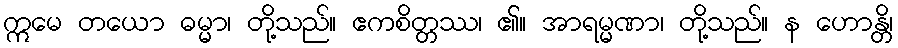
ဣမေ တယော ဓမ္မာ၊ တို့သည်။ ဧကစိတ္တဿ၊ ၏။ အာရမ္မဏာ၊ တို့သည်။ န ဟောန္တိ၊